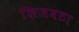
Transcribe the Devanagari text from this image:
शिजवटा